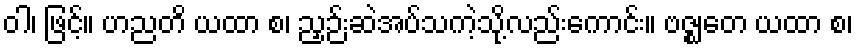
ဝါ၊ ဖြင့်။ ဟညတိ ယထာ စ၊ ညှဉ်းဆဲအပ်သကဲ့သို့လည်းကောင်း။ ဗဇ္ဈတေ ယထာ စ၊